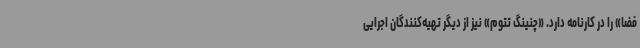
فضا» را در کارنامه دارد. «چنینگ تتوم» نیز از دیگر تهیه‌کنندگان اجرایی